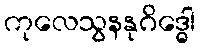
ကုလေသွနနုဂိဒ္ဓေါ